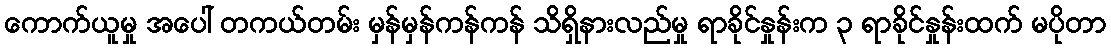
ကောက်ယူမှု အပေါ် တကယ်တမ်း မှန်မှန်ကန်ကန် သိရှိနားလည်မှု ရာခိုင်နှုန်းက ၃ ရာခိုင်နှုန်းထက် မပိုတာ